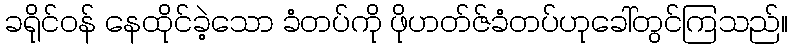
ခရိုင်ဝန် နေထိုင်ခဲ့သော ခံတပ်ကို ဖိုဟတ်ဇ်ခံတပ်ဟုခေါ်တွင်ကြသည်။